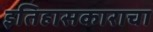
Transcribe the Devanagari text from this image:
इतिहासकाराचा